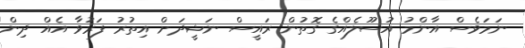
ނަމަވެސް އާންމު އުސޫލެއްގެ ގޮތުން ރައީސް ނަޝީދަށް އިތުރު ފަރުވާ އެއް ދިން